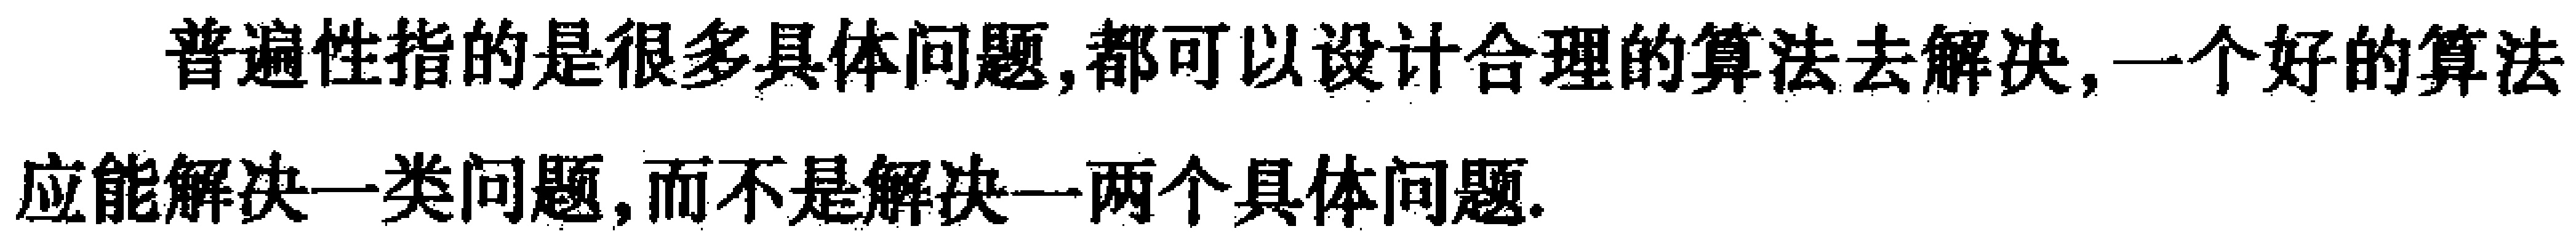
普遍性指的是很多具体问题,都可以设计合理的算法去解决,一个好的算法应能解决一类问题,而不是解决一两个具体问题.